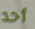
أحد